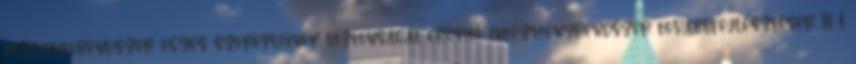
közvetítőrendszer egyes szereplőinek biztonságát erősítő intézményrendszer továbbfejlesztésér H I